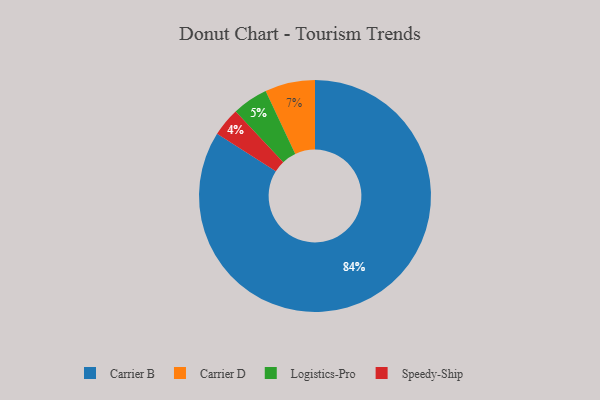
{"axis": {"x": "Category", "y": "Percentage"}, "legend": ["Carrier B", "Carrier D", "Logistics-Pro", "Speedy-Ship"], "data": [{"x": "Carrier B", "y": 84, "type": "Carrier B"}, {"x": "Carrier D", "y": 7, "type": "Carrier D"}, {"x": "Speedy-Ship", "y": 4, "type": "Speedy-Ship"}, {"x": "Logistics-Pro", "y": 5, "type": "Logistics-Pro"}]}